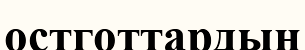
остготтардың